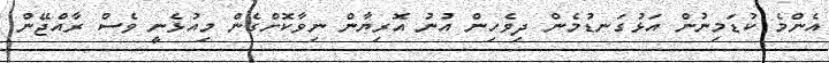
އެންމެ ކުޑަމިނުން އަޅުގަނޑުމެން ދިވެހިން އުނު އޮރިޔާން ނިވާކޮށްގެން މިއުޅެނީ ވެސް ރާއްޖޭން